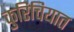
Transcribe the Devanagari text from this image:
कुरिचियात